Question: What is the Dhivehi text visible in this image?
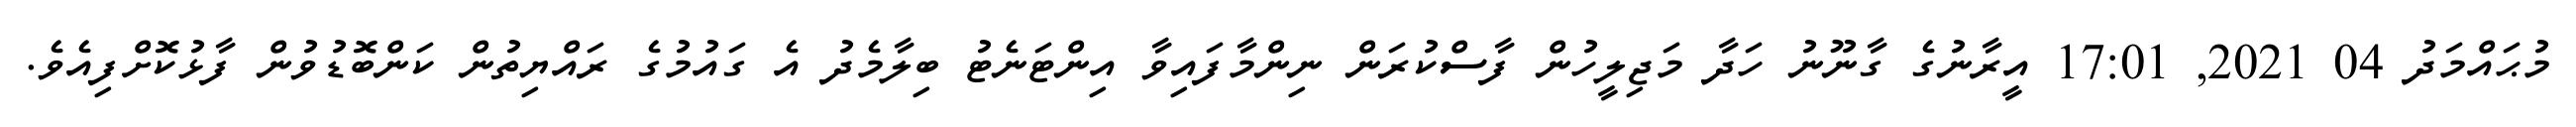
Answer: މުޙައްމަދު 04 2021, 17:01 އީރާނުގެ ގާނޫނު ހަދާ މަޖިލީހުން ފާސްކުރަން ނިންމާފައިވާ އިންޓަނެޓު ބިލާމެދު އެ ގައުމުގެ ރައްޔިތުން ކަންބޮޑުވުން ފާޅުކޮށްފިއެވެ.